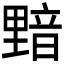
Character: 𰼝